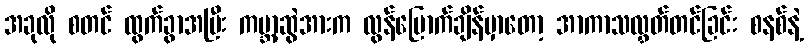
အခုလို စတင် ထွက်ခွာအပြီး ကမ္ဘာ့ဆွဲအားက လွန်မြောက်ချိန်မှာတော့ အာကာသလွှတ်တင်ခြင်း စနစ်နဲ့